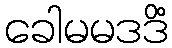
ခေါမမဒဒိံ